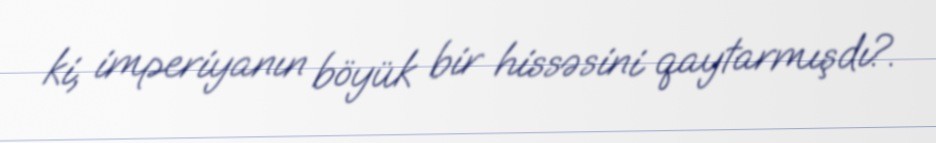
ki, imperiyanın böyük bir hissəsini qaytarmışdı?.